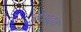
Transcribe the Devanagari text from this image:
बेअदब